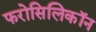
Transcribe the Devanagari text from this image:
फरोसिलिकॉन